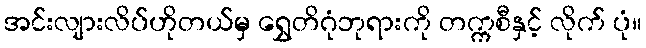
အင်းလျားလိပ်ဟိုတယ်မှ ရွှေတိဂုံဘုရားကို တက္ကစီနှင့် လိုက် ပုံ။